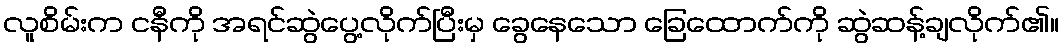
လူစိမ်းက ငနီကို အရင်ဆွဲပွေ့လိုက်ပြီးမှ ခွေနေသော ခြေထောက်ကို ဆွဲဆန့်ချလိုက်၏။